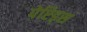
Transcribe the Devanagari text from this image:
पेप्टिड्स